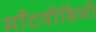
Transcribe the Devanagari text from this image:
माँटवीडियो